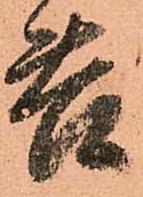
苦